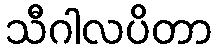
သီဂါလပိတာ